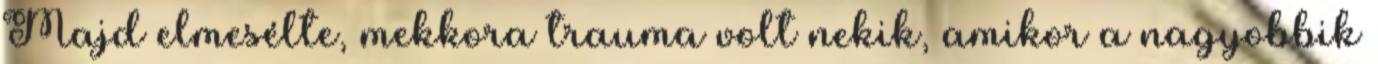
Majd elmesélte, mekkora trauma volt nekik, amikor a nagyobbik